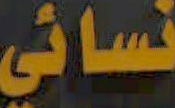
نسائي